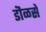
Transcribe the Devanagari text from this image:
डॊळसे